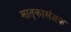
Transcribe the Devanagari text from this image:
मातृकासंज्ञक